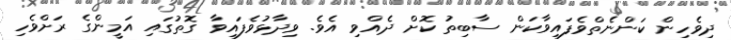
ދިވެހިން ކަންނެތްވެފައިވާކަން ސާބިތު ކޮށް ދެއްވި އެވެ. ވިދާޅުވެފައިވާ ގޮތުގައި އަމީންގެ ރަށްވެހި